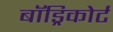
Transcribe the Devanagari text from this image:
बॉड्रिकोर्ट